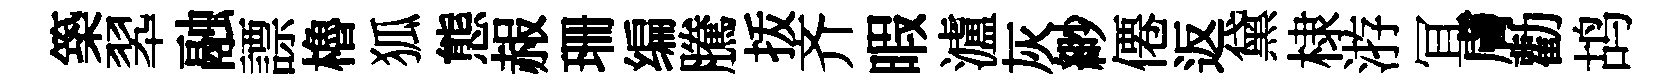
築翆融謤櫓狐態赧珊编騰㧞齐暇瀘灰緲僊返黛棣㳺冝膚勸鸪